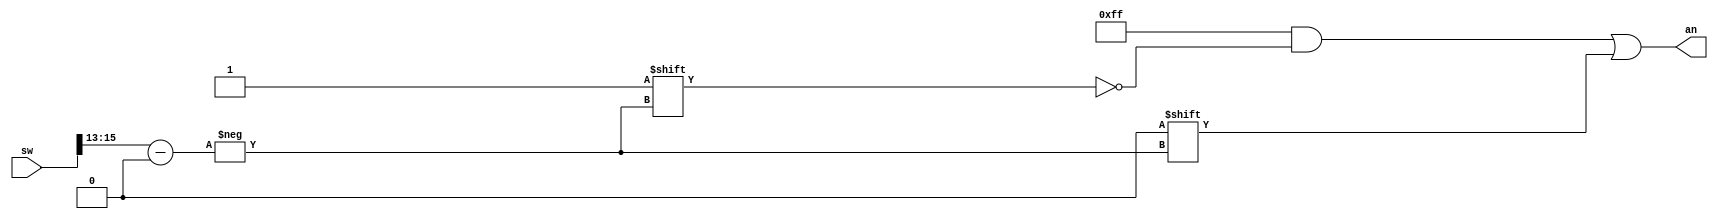
`timescale 1ns / 1ps

module sdpselector7e(
  sw, an
);
    input [15:0] sw;
    output reg [7:0] an;
    
    always @(sw,an) begin
        an = 8'b11111111;
        an[sw[15:13]] = 0;
    end

endmodule //